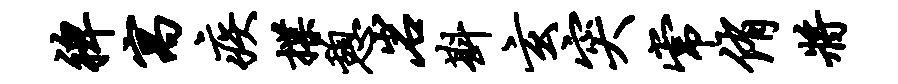
裨寓疾揲憩岩斟玄突常侑将